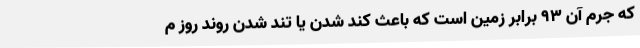
که جرم آن ۹۳ برابر زمین است که باعث کند شدن یا تند شدن روند روز م